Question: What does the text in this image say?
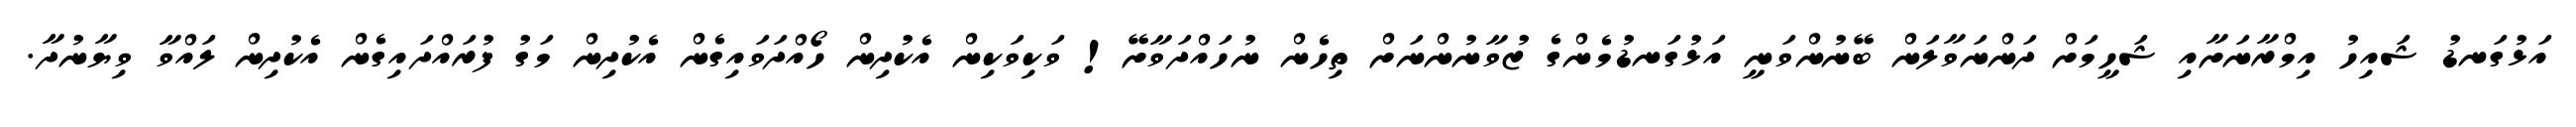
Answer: އަޅުގަނޑު ޝައިހު އިމްރާނަށާއި ޝަހީމަށް ދަންނަވާލަން ބޭނުންވަނީ އަޅުގަނޑުމެންގެ ޒުވާނުންނަށް ތިހެން ނުހައްދަވާށޭ! ވަކިވަކިން އެކުދިން ހޯއްދަވައިގެން އެކުދިން މަގު ފުރައްދައިގެން އެކުދިން ލައްވާ ވިޔާނުދާ.